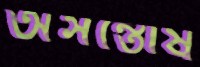
অসন্তোষ